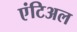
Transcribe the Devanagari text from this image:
एंटिअल